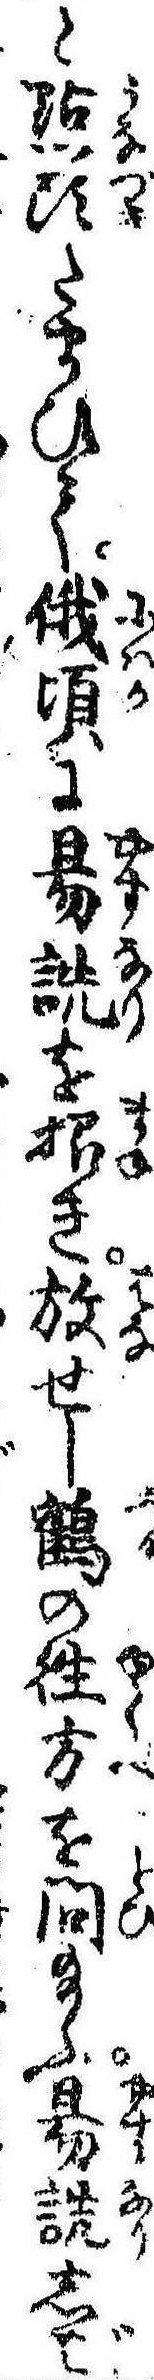
と点頭たまひて俄頃に易詵を招き放せし鶴の往方を問給ふ易詵しば